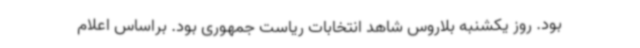
بود. روز یکشنبه بلاروس شاهد انتخابات ریاست جمهوری بود. براساس اعلام